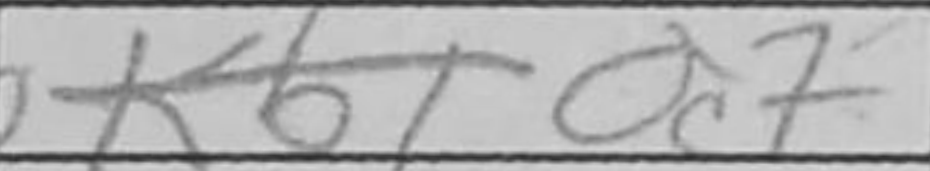
Transcription: Qc7